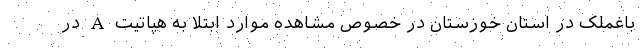
باغملک در استان خوزستان در خصوص مشاهده موارد ابتلا به هپاتیت A در